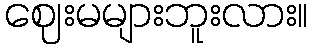
ဈေးမများဘူးလား။